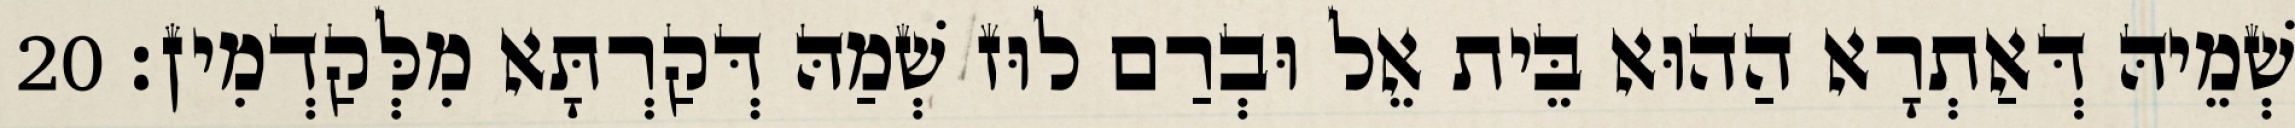
שְׁמֵיהּ דְּאַתְרָא הַהוּא בֵּית אֵל וּבְרַם לוּז שְׁמַהּ דְּקַרְתָּא מִלְּקַדְמִין׃ 20